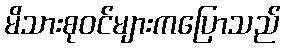
မိသားစုဝင်များကပြောသည်